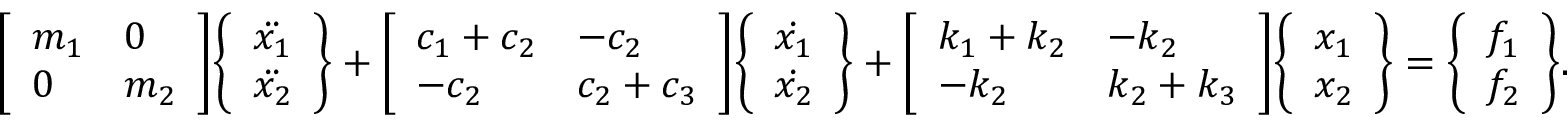
{ \left[ \begin{array} { l l } { m _ { 1 } } & { 0 } \\ { 0 } & { m _ { 2 } } \end{array} \right] } { \left\{ \begin{array} { l } { { \ddot { x _ { 1 } } } } \\ { { \ddot { x _ { 2 } } } } \end{array} \right\} } + { \left[ \begin{array} { l l } { c _ { 1 } + c _ { 2 } } & { - c _ { 2 } } \\ { - c _ { 2 } } & { c _ { 2 } + c _ { 3 } } \end{array} \right] } { \left\{ \begin{array} { l } { { \dot { x _ { 1 } } } } \\ { { \dot { x _ { 2 } } } } \end{array} \right\} } + { \left[ \begin{array} { l l } { k _ { 1 } + k _ { 2 } } & { - k _ { 2 } } \\ { - k _ { 2 } } & { k _ { 2 } + k _ { 3 } } \end{array} \right] } { \left\{ \begin{array} { l } { x _ { 1 } } \\ { x _ { 2 } } \end{array} \right\} } = { \left\{ \begin{array} { l } { f _ { 1 } } \\ { f _ { 2 } } \end{array} \right\} } .